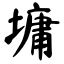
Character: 墉